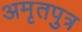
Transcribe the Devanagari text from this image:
अमृतपुत्र